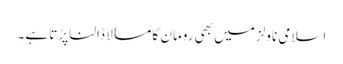
اسلامی ناولز میں بھی رومان کا مسالا ڈالنا پڑتا ہے۔